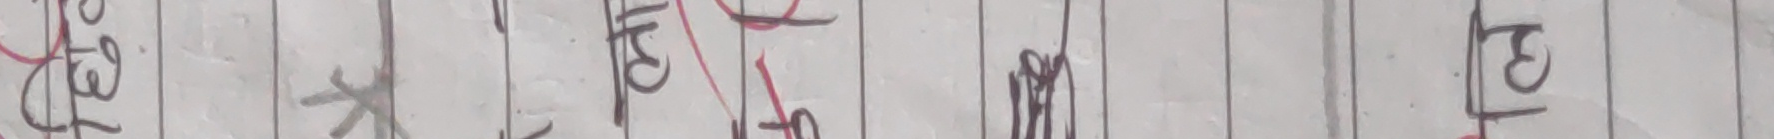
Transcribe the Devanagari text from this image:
ने रा मा हि भो ले